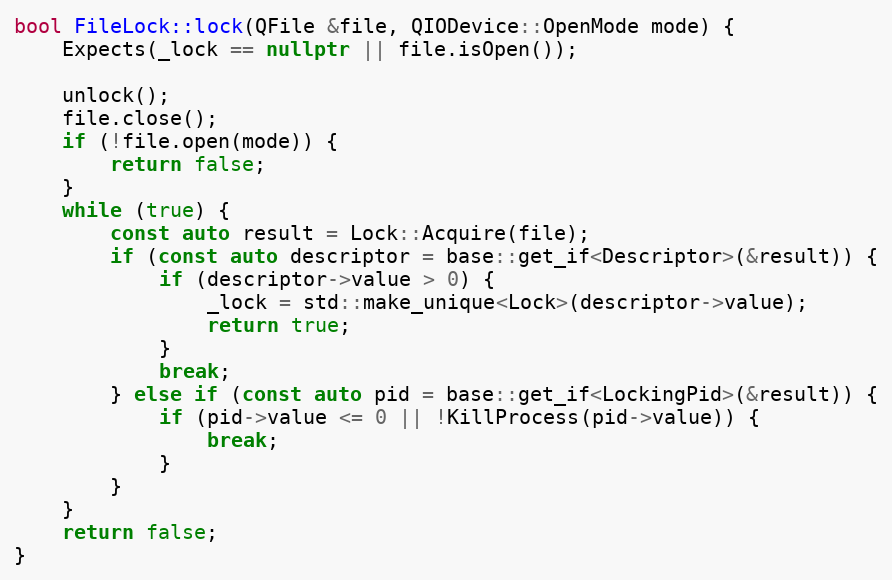
Language: C++
bool FileLock::lock(QFile &file, QIODevice::OpenMode mode) {
	Expects(_lock == nullptr || file.isOpen());

	unlock();
	file.close();
	if (!file.open(mode)) {
		return false;
	}
	while (true) {
		const auto result = Lock::Acquire(file);
		if (const auto descriptor = base::get_if<Descriptor>(&result)) {
			if (descriptor->value > 0) {
				_lock = std::make_unique<Lock>(descriptor->value);
				return true;
			}
			break;
		} else if (const auto pid = base::get_if<LockingPid>(&result)) {
			if (pid->value <= 0 || !KillProcess(pid->value)) {
				break;
			}
		}
	}
	return false;
}